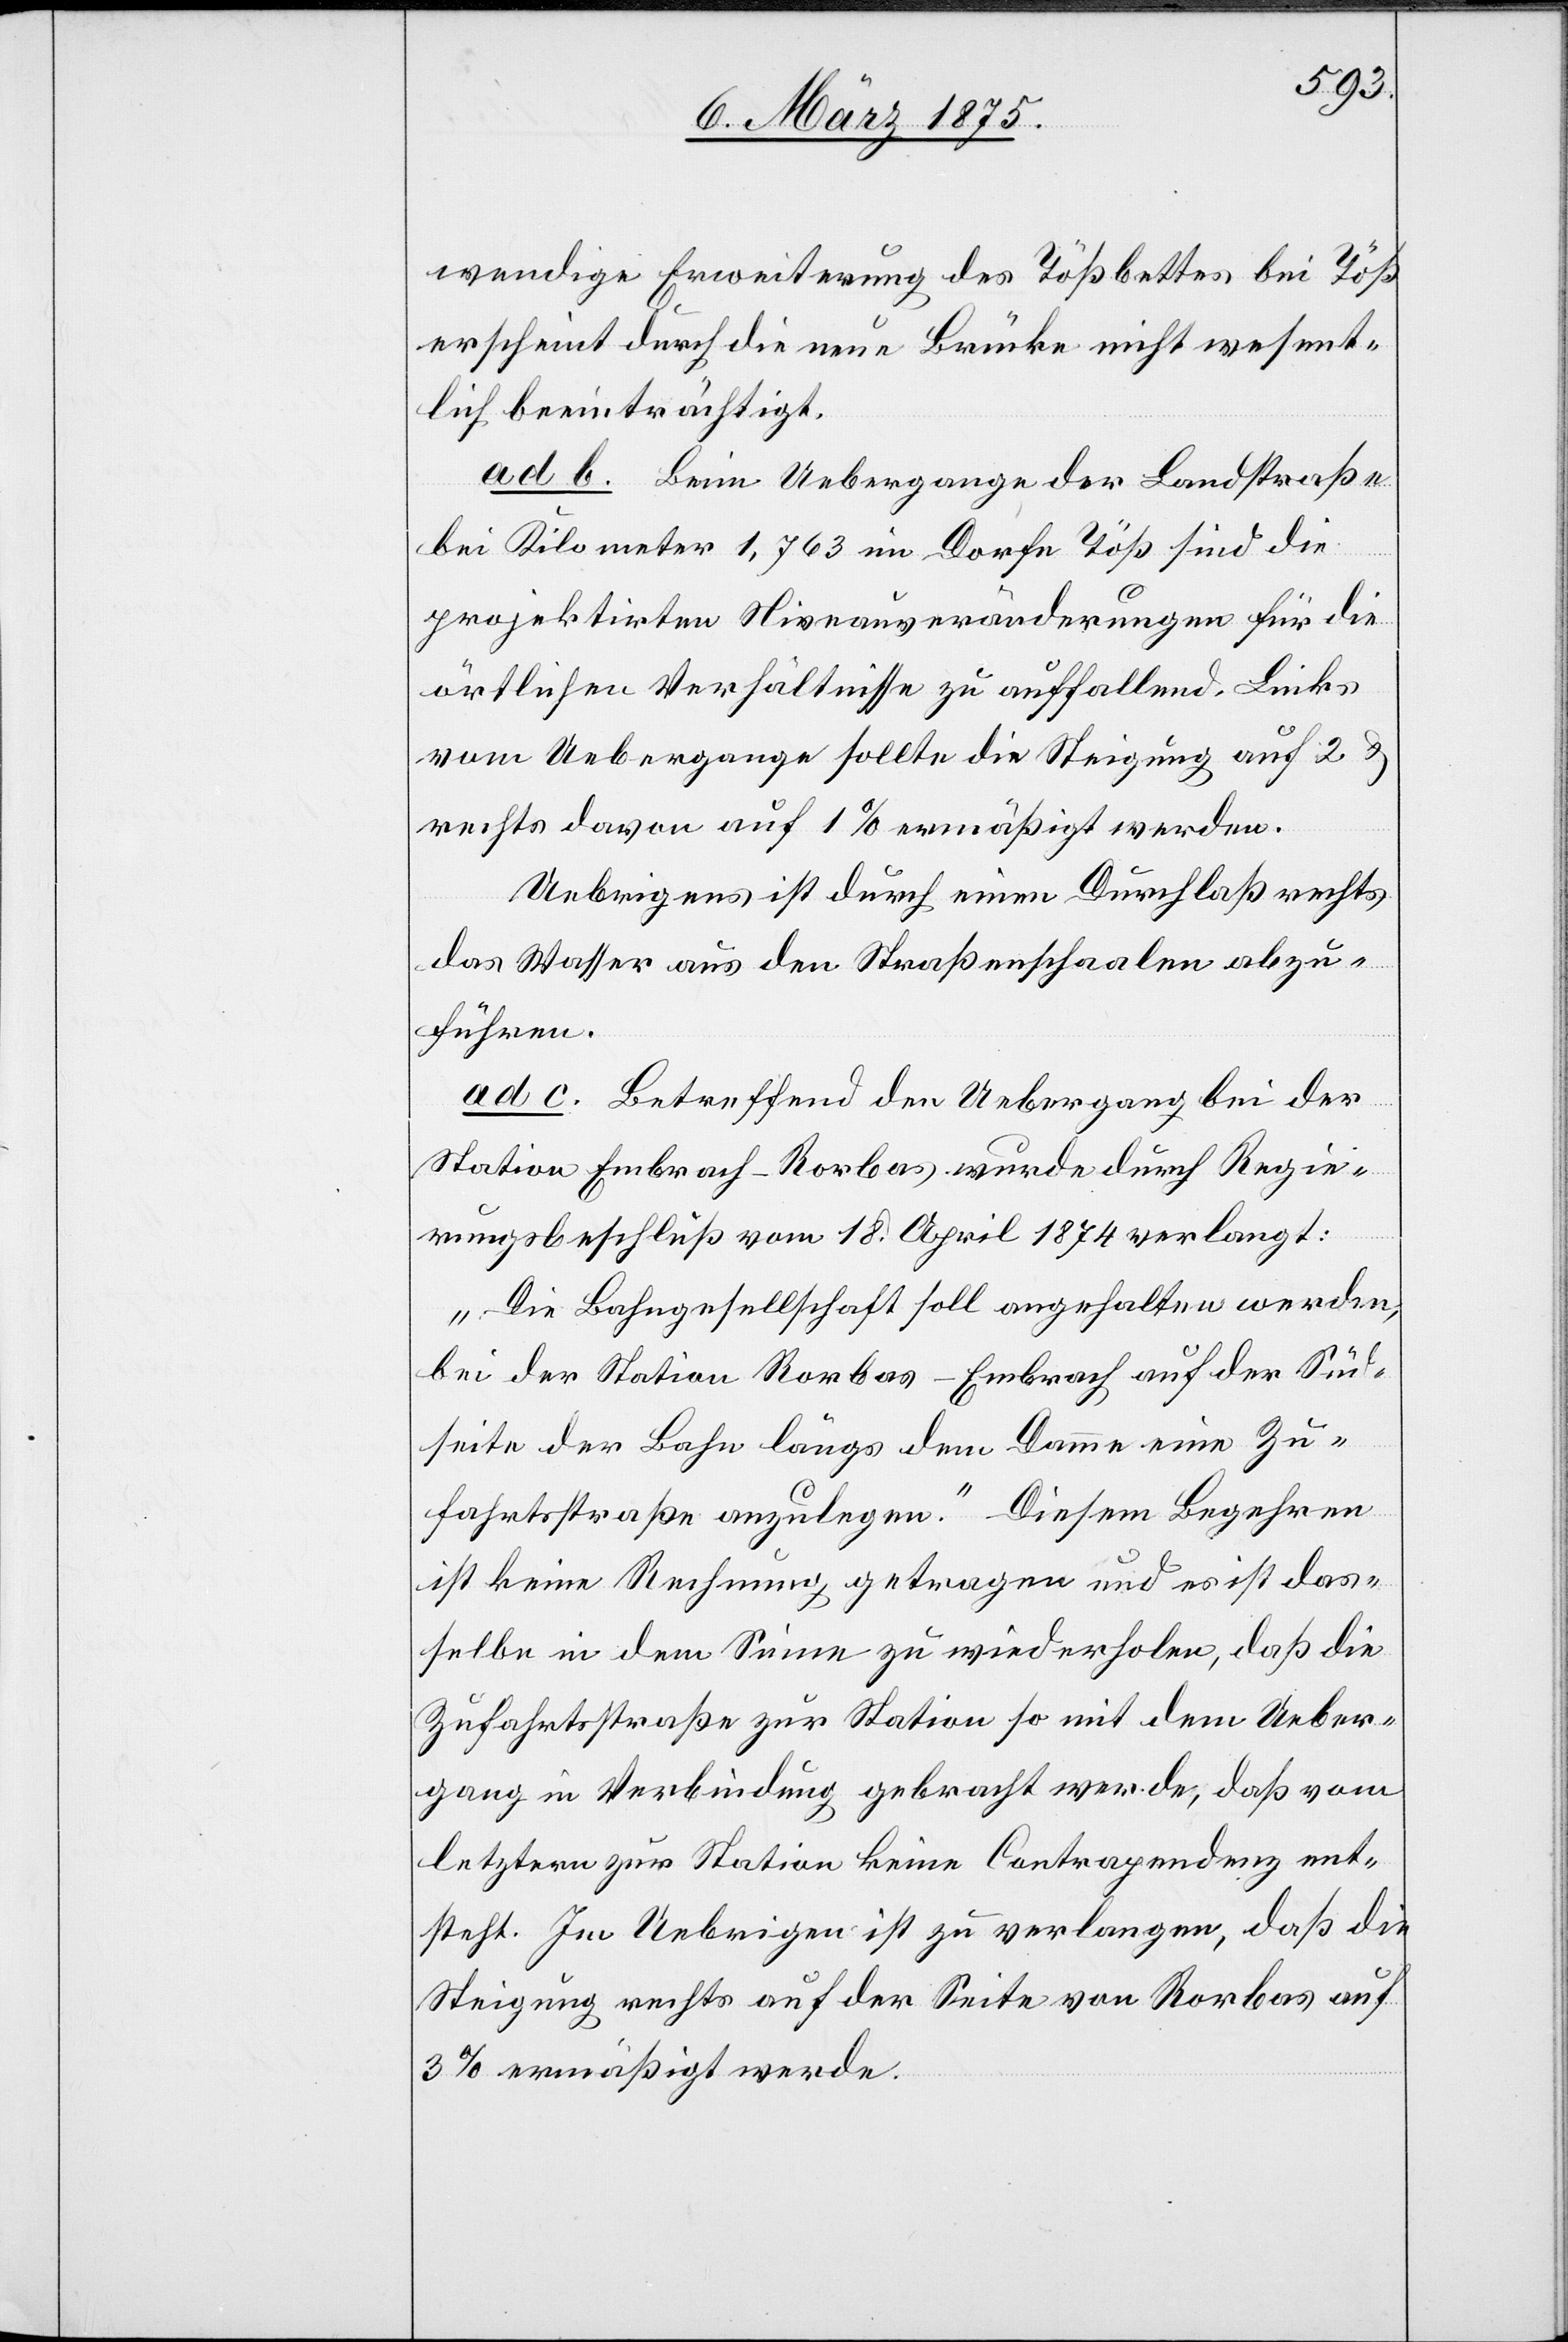
wendige Erweiterung des Tößbettes bei Töß
erscheint durch die neue Brücke nicht wesent¬
lich beeinträchtigt.
ad b. Beim Uebergange der Landstraße
bei Kilometer 1.763 im Dorfe Töß sind die
projektirten Niveauveränderungen für die
örtlichen Verhältnisse zu auffallend. Links
vom Uebergange sollte die Steigung auf 2 &
rechts davon auf 1% ermäßigt werden.
Uebrigens ist durch einen Durchlaß rechts
das Wasser aus den Straßenschaalen abzu¬
führen.
ad c. Betreffend den Uebergang bei der
Station Embrach-Rorbas wurde durch Regie¬
rungsbeschluß vom 18. April 1874 verlangt:
„Die Bahngesellschaft soll angehalten werden,
bei der Station Rorbas–Embrach auf der Süd¬
seite der Bahn längs dem Damme eine Z¬
ufahrtstraße zur Station so mit dem Ueber¬
gang in Verbindung gebracht werde, daß vom
letztern zur Station keine Contrapendenz ent¬
steht. Im Uebrigen ist zu verlangen, daß die
Steigung rechts auf der Seite von Rorbas auf
3% ermäßigt werde.